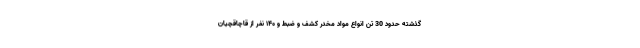
گذشته حدود 30 تن انواع مواد مخدر کشف و ضبط و ۱۴۰ نفر از قاچاقچیان